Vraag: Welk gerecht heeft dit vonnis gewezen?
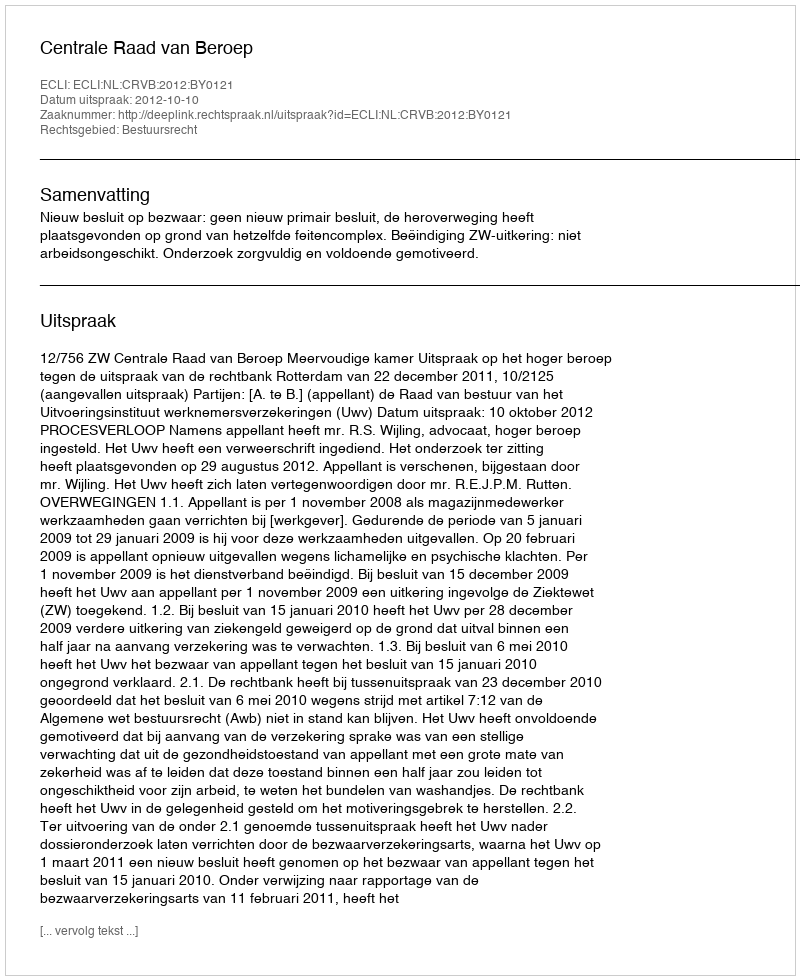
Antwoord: Centrale Raad van Beroep